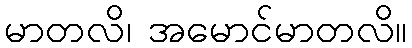
မာတလိ၊ အမောင်မာတလိ။